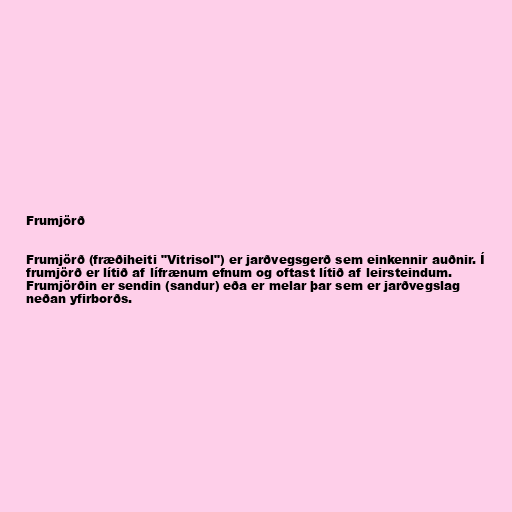
Frumjörð

Frumjörð (fræðiheiti "Vitrisol") er jarðvegsgerð sem einkennir auðnir. Í
frumjörð er lítið af lífrænum efnum og oftast lítið af leirsteindum.
Frumjörðin er sendin (sandur) eða er melar þar sem er jarðvegslag
neðan yfirborðs.